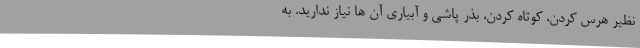
نظیر هرس کردن، کوتاه کردن، بذر پاشی و آبیاری آن ها نیاز ندارید. به